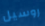
روسيل